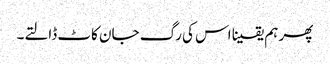
پھر ہم یقینا اس کی رگ جان کاٹ ڈالتے۔